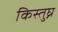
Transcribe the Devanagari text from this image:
किस्तुघ्न